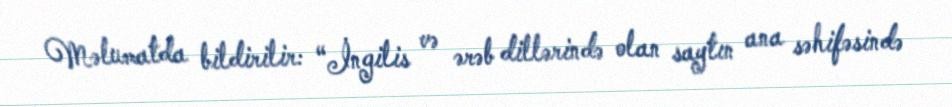
Məlumatda bildirilir: “İngilis və ərəb dillərində olan saytın ana səhifəsində